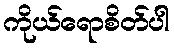
ကိုယ်ရောစိတ်ပါ